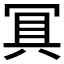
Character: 𭁷